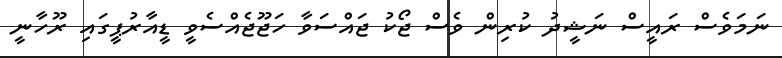
ނަމަވެސް ރައީސް ނަޝީދު ކުރިން ވެސް ޖޯކު ޖައްސަވާ ހަޖޫޖެއްސެވީ ޑީއާރުޕީގައި ރޫހާނީ